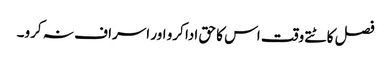
فصل کاٹتے وقت اس کا حق ادا کرو اور اسراف نہ کرو۔